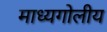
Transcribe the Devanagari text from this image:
माध्यगोलीय